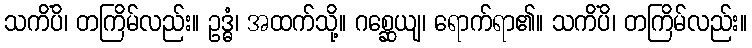
သကိံပိ၊ တကြိမ်လည်း။ ဥဒ္ဓံ၊ အထက်သို့။ ဂစ္ဆေယျ၊ ရောက်ရာ၏။ သကိံပိ၊ တကြိမ်လည်း။